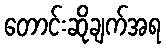
တောင်းဆိုချက်အရ